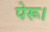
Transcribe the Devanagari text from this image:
पेरू।